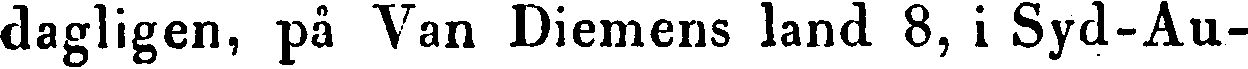
dagligen, på Van Diemens land 8, i Syd-Au-